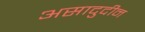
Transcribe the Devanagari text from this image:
असादुदीन